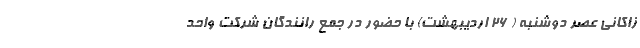
زاکانی عصر دوشنبه ( ۲۶ اردیبهشت) با حضور در جمع رانندگان شرکت واحد